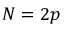
N = 2 p